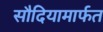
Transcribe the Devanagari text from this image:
सौदियामार्फत